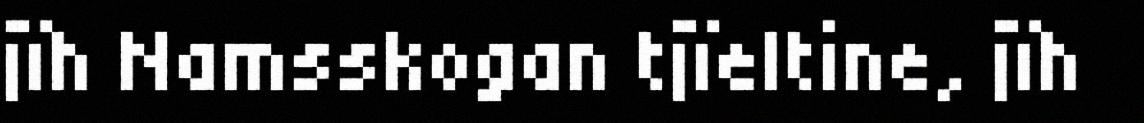
jïh Namsskogan tjïeltine, jïh